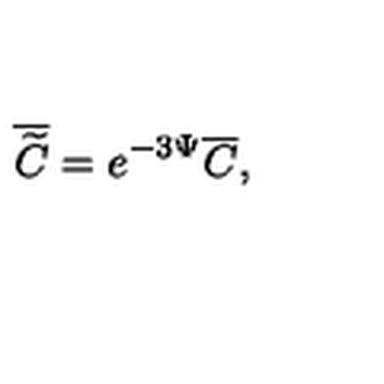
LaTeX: \overline { { \widetilde { C } } } = e ^ { - 3 \Psi } \overline { { C } } ,